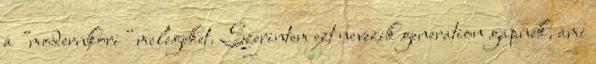
a "modernkori" melegeket. Szerintem ezt nevezik generation gapnek, ami